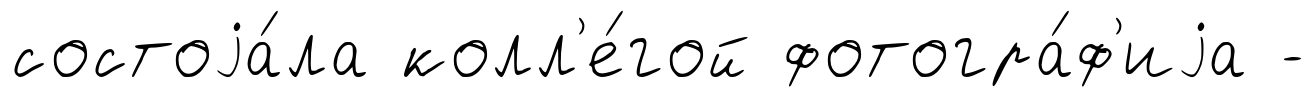
состоjа́ла колл'е́гой фотогра́ф'иjа -